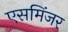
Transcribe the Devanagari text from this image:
एसमिंजर